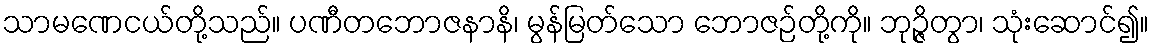
သာမဏေငယ်တို့သည်။ ပဏီတဘောဇနာနိ၊ မွန်မြတ်သော ဘောဇဉ်တို့ကို။ ဘုဉ္ဇိတွာ၊ သုံးဆောင်၍။